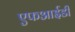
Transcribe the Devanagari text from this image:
एफआईडी